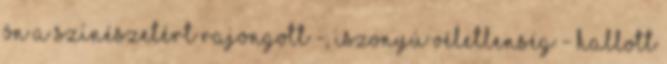
ön a színészetért rajongott -, iszonyú véletlenség - hallott